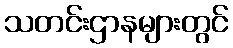
သတင်းဌာနများတွင်